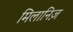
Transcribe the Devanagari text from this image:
मिलानिज़